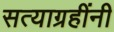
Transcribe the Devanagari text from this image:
सत्याग्रहींनी